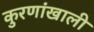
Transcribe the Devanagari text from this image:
कुरणांखाली